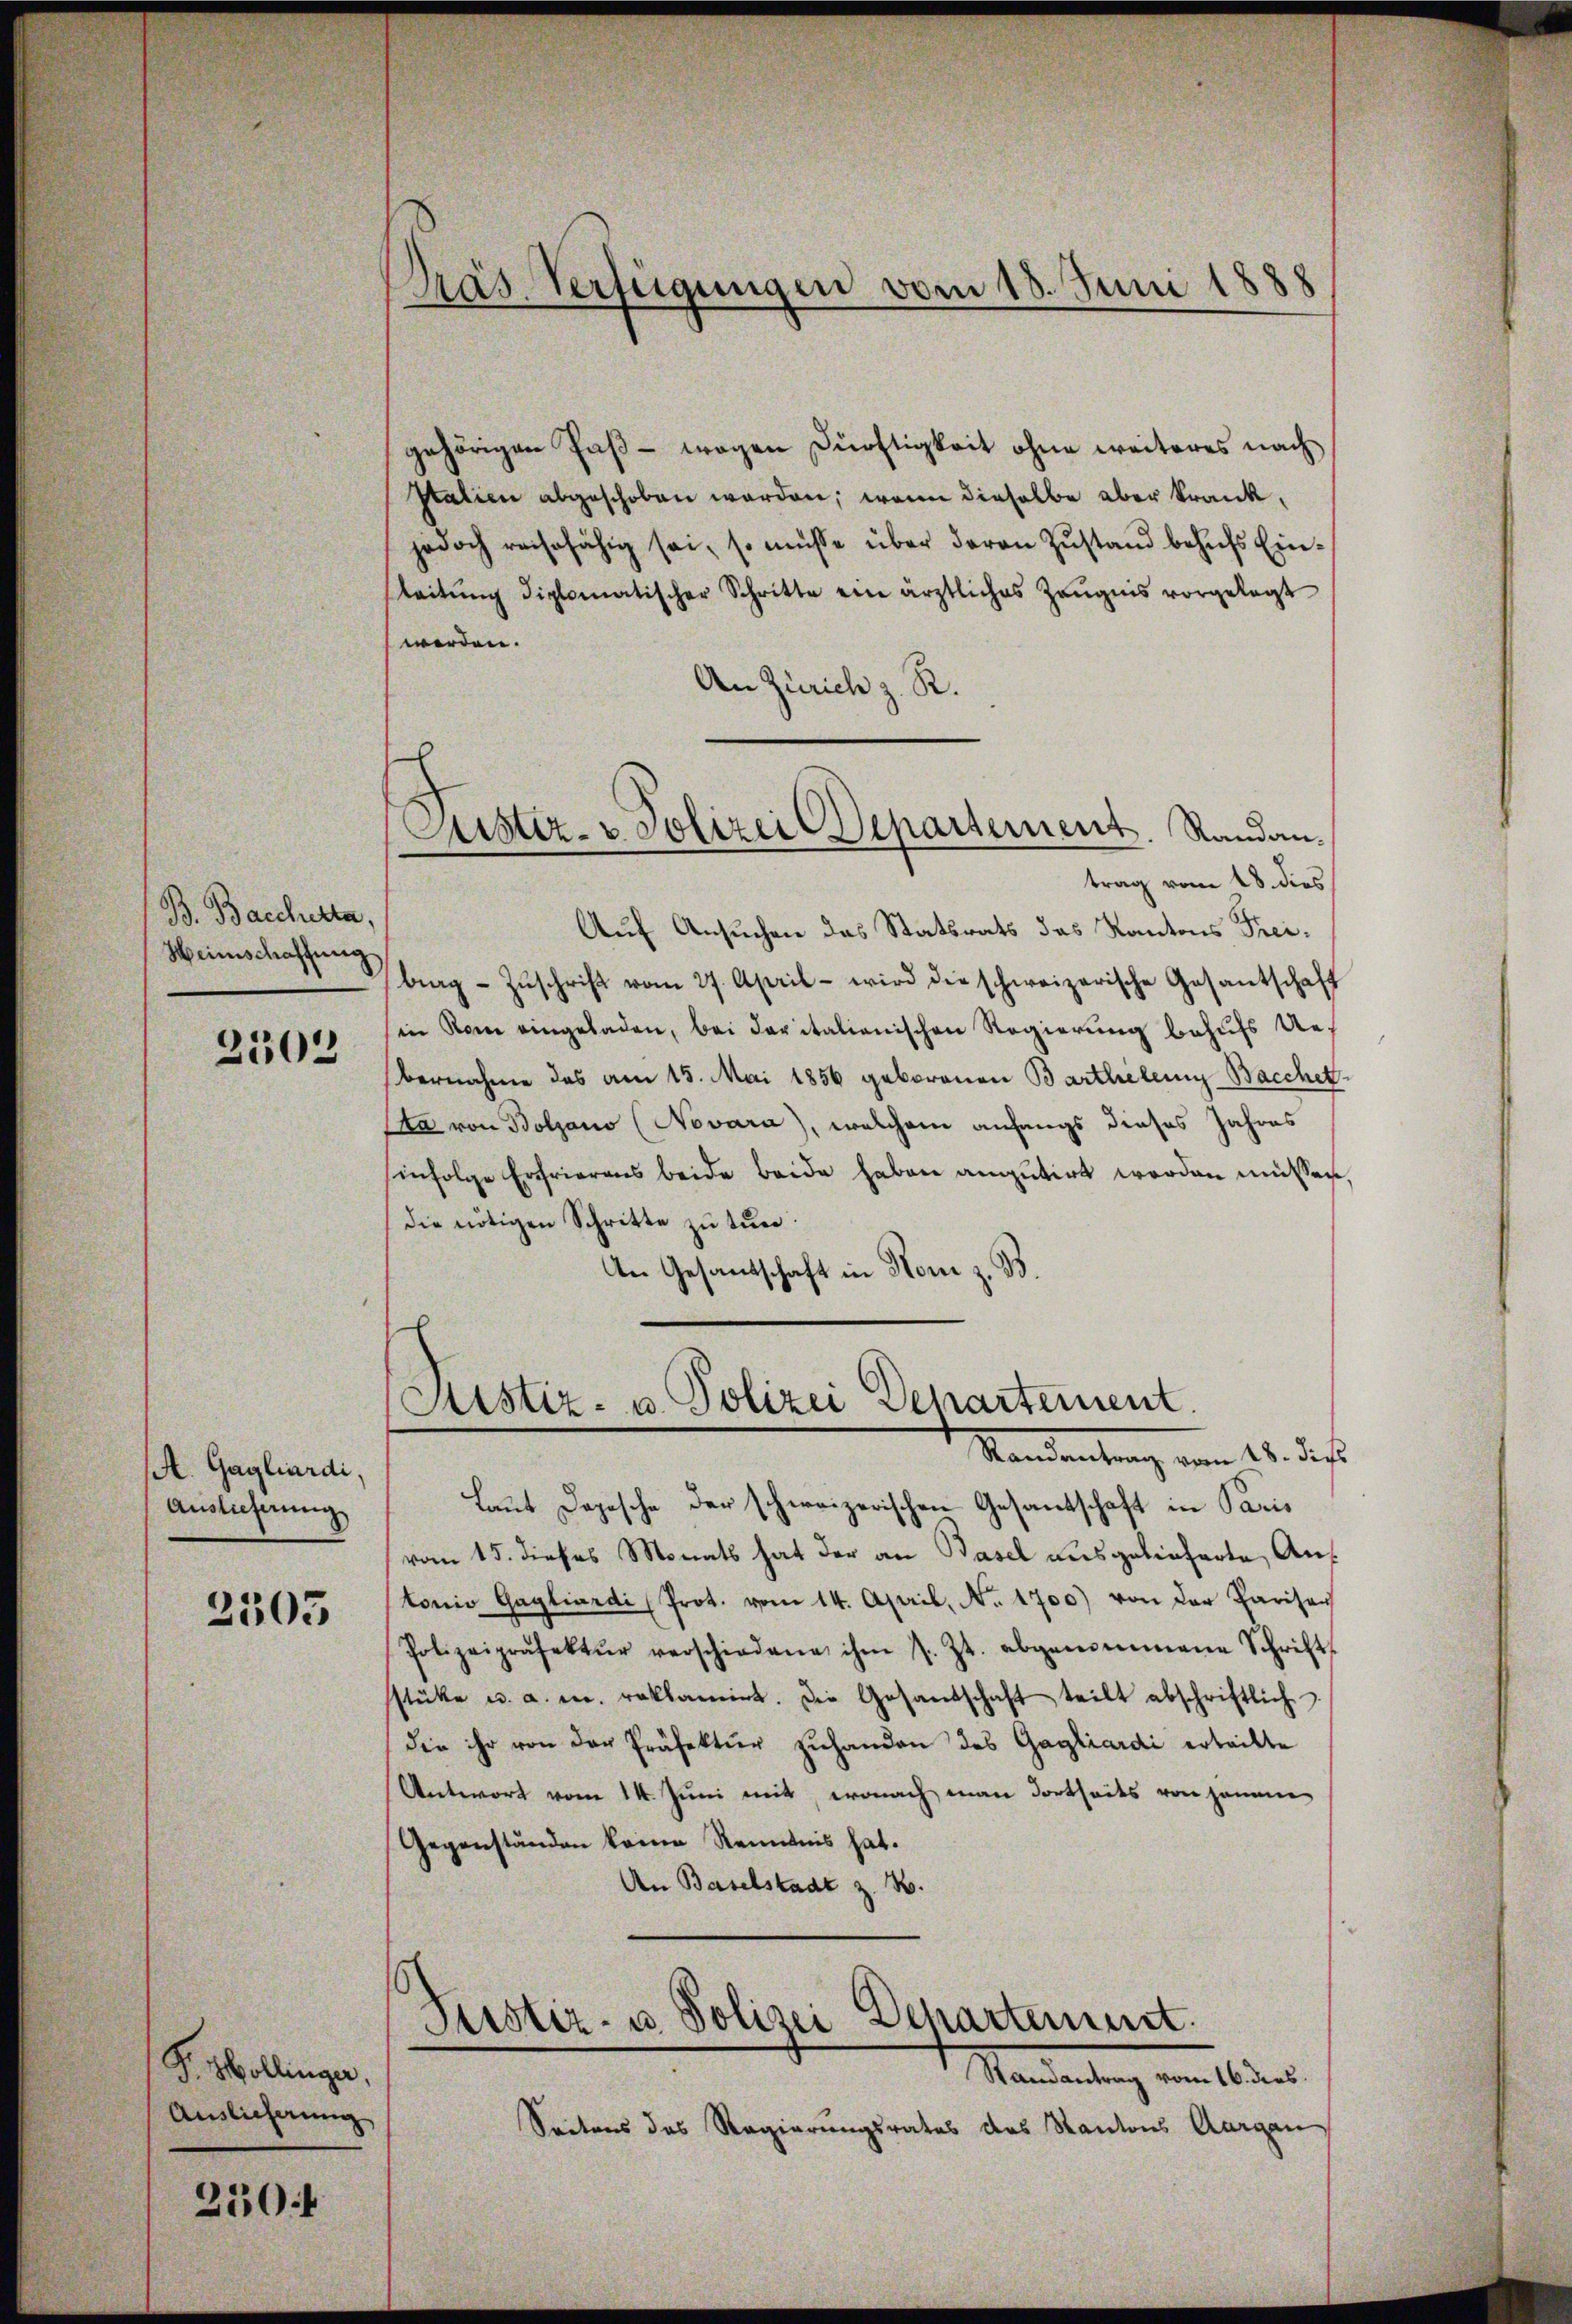
B. Baccherta,
Weinschaffung

2503

A. Gagliardi,
Auslieferung

2505

Pr. Mollinger,
Auslieferung

250f

Präs. Verfügungen vom 18. Juni 1888

gehörigen Paß - wegen Dürftigkeit ohne weiteres nach¬
Italien abgeschoben worden, wenn dieselbe aber krankjedoch reisfähig sei, so müsse über deren Zustand behufs Ein¬
Leitŭng diplomatischer Schritte ein ärztliches Zeŭgnis vorgelegt
werden.
An Zürich z. R.
trag vom 18. dies
Auf Ansuchen das Statsrats das Kantons Freibrag- Zŭschrift vom 27. April - wird die schweizerische Gesantschaft
in Rom eingeladen, bei daritalienischen Regierung behufs Uebernahme des am 15. Mai 1856 geborenen Barthelung Bacchet.
a von Bolzano (Novara), welchem anfangs dieses Jahres
infolge Erfrierens beide beide haben amutirt worden müssen
die nötigen Schritte zu tun.
An Gesandtschaft in Hom z. B.

Justiz- & Polizei Departement. Randan¬

Sistiz- u. Polizei Departement.
Kandentung vom 11. dass

Laut Depesche der schweizerischen Gesandtschaft in Paris
vom 15. dieses Monats hat der an Basel ausgelieferte Antonio Gagliardi, Prot. vom 14. April, No. 1700) von der Pariser
Polizeipräsektŭr verschiedene ihm s. Zt. abgenommene Schrift-
stüke u. a. m. reklamiet. Die Gesandschaft teilt abschriftlich
die ihr von der Präfektur zuhanden des Gagliardi erteilte
Antwort vom 14. Juni mit, wonach man dortseits von Hanane
Gegenständen keine Renntnis hat.
An Baselstadt z. B.

Justiz- u. Polizei Departement.
Mandantung von der

Seitens des Regierungsrates des Kantons Aargau